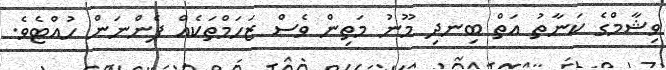
ވިޝާމްގެ ކަނާތު އަތް ބިނދި މޫނު މަތިން ވެސް ޒަހަމްތަކެއް ފެންނަން ހުއްޓެވެ.